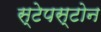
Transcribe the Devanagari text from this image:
स्टेपस्टोन